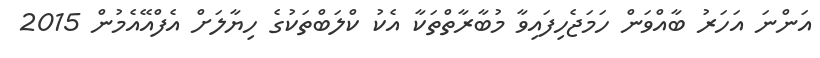
އަންނަ އަހަރު ބާއްވަން ހަމަޖެހިފައިވާ މުބާރާތްތަކާ އެކު ކްލަބްތަކުގެ ހިޔާލަށް އެފްއޭއެމުން 2015